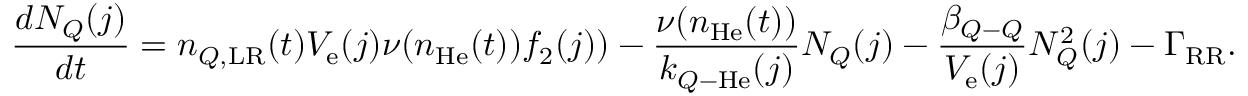
\frac { d N _ { Q } ( j ) } { d t } = n _ { Q , \mathrm { L R } } ( t ) V _ { \mathrm { e } } ( j ) \nu ( n _ { \mathrm { H e } } ( t ) ) f _ { 2 } ( j ) ) - \frac { \nu ( n _ { \mathrm { H e } } ( t ) ) } { k _ { Q \mathrm { - } \mathrm { H e } } ( j ) } N _ { Q } ( j ) - \frac { \beta _ { Q \mathrm { - } Q } } { V _ { \mathrm { e } } ( j ) } N _ { Q } ^ { 2 } ( j ) - \Gamma _ { \mathrm { R R } } .